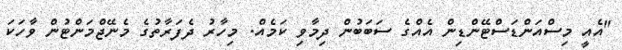
"އެއީ މިސްއަންޑަސްޓޭންޑިން އެއްގެ ސަބަބުން ދިމާވި ކަމެއް. މިހާރު ދެފަރާތުގެ މެނޭޖްމަންޓުން ވާހަކަ